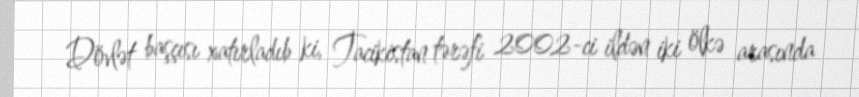
Dövlət başçısı xatırladıb ki, Tacikistan tərəfi 2002-ci ildən iki ölkə arasında